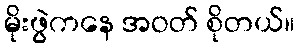
မိုးဖွဲကနေ အဝတ် စိုတယ်။